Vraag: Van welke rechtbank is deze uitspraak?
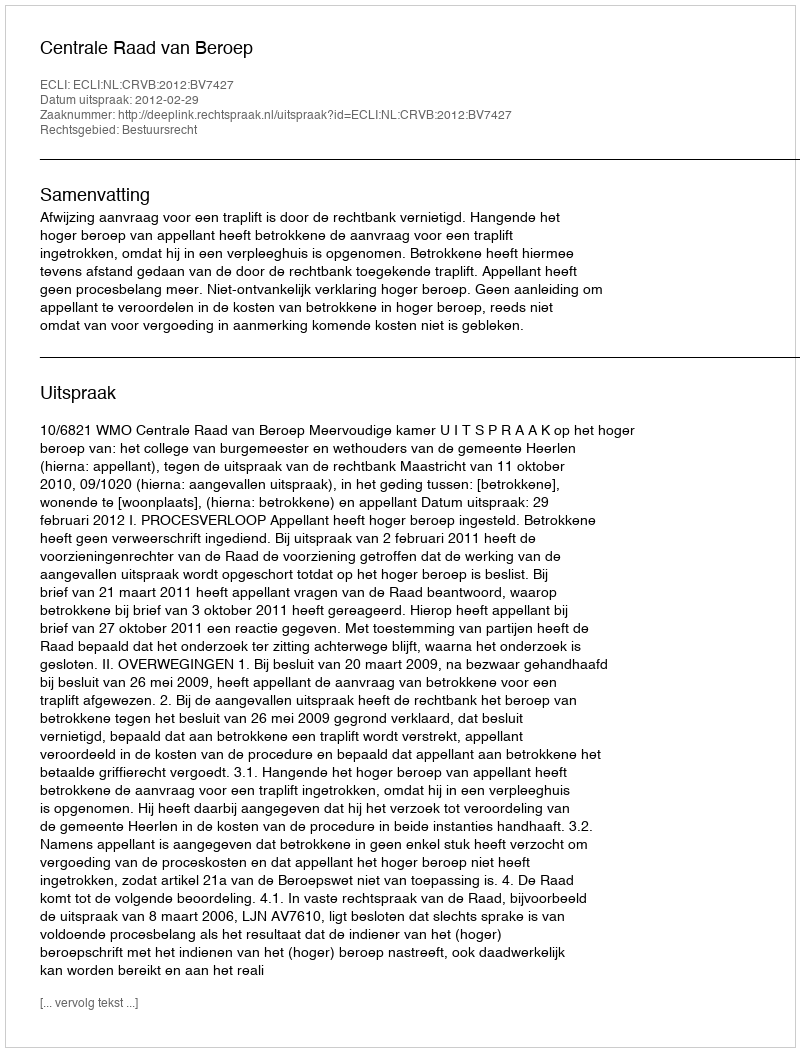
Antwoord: Centrale Raad van Beroep